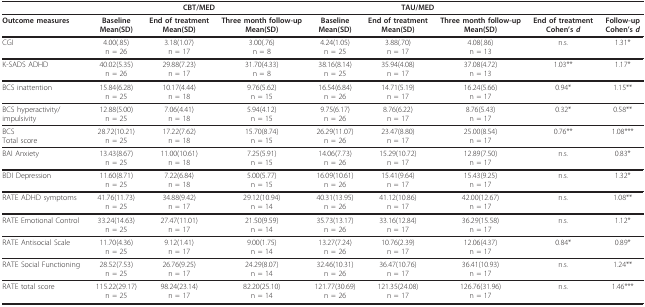
<table><thead><tr><td></td><td colspan="3"><b>CBT/MED</b></td><td colspan="3"><b>TAU/MED</b></td><td></td><td></td></tr></thead><tbody><tr><td><b>Outcome measures</b></td><td><b>Baseline</b><b>Mean(SD)</b></td><td><b>End of treatment</b><b>Mean(SD)</b></td><td><b>Three month follow-up</b><b>Mean(SD)</b></td><td><b>Baseline</b><b>Mean(SD)</b></td><td><b>End of treatment</b><b>Mean(SD)</b></td><td><b>Three month follow-up</b><b>Mean(SD)</b></td><td><b>End of treatment</b><b>Cohen&#x27;s <i>d</i></b></td><td><b>Follow-up</b><b>Cohen&#x27;s <i>d</i></b></td></tr><tr><td>CGI</td><td>4.00(.85)n = 26</td><td>3.18(1.07)n = 17</td><td>3.00(.76)n = 8</td><td>4.24(1.05)n = 25</td><td>3.88(.70)n = 17</td><td>4.08(.86)n = 13</td><td>n.s.</td><td>1.31*</td></tr><tr><td>K-SADS ADHD</td><td>40.02(5.35)n = 26</td><td>29.88(7.23)n = 17</td><td>31.70(4.33)n = 8</td><td>38.16(8.14)n = 25</td><td>35.94(4.08)n = 17</td><td>37.08(4.72)n = 13</td><td>1.03**</td><td>1.17*</td></tr><tr><td>BCS inattention</td><td>15.84(6.28)n = 25</td><td>10.17(4.44)n = 18</td><td>9.76(5.62)n = 15</td><td>16.54(6.84)n = 26</td><td>14.71(5.19)n = 17</td><td>16.24(5.66)n = 17</td><td>0.94*</td><td>1.15**</td></tr><tr><td>BCS hyperactivity/impulsivity</td><td>12.88(5.00)n = 25</td><td>7.06(4.41)n = 18</td><td>5.94(4.12)n = 15</td><td>9.75(6.17)n = 26</td><td>8.76(6.22)n = 17</td><td>8.76(5.43)n = 17</td><td>0.32*</td><td>0.58**</td></tr><tr><td>BCSTotal score</td><td>28.72(10.21)n = 25</td><td>17.22(7.62)n = 18</td><td>15.70(8.74)n = 15</td><td>26.29(11.07)n = 26</td><td>23.47(8.80)n = 17</td><td>25.00(8.54)n = 17</td><td>0.76**</td><td>1.08***</td></tr><tr><td>BAI Anxiety</td><td>13.43(8.67)n = 25</td><td>11.00(10.61)n = 18</td><td>7.25(5.91)n = 15</td><td>14.06(7.73)n = 26</td><td>15.29(10.72)n = 17</td><td>12.89(7.50)n = 17</td><td>n.s.</td><td>0.83*</td></tr><tr><td>BDI Depression</td><td>11.60(8.71)n = 25</td><td>7.22(6.84)n = 18</td><td>5.00(5.77)n = 15</td><td>16.09(10.61)n = 26</td><td>15.41(9.64)n = 17</td><td>15.43(9.25)n = 17</td><td>n.s.</td><td>1.32*</td></tr><tr><td>RATE ADHD symptoms</td><td>41.76(11.73)n = 25</td><td>34.88(9.42)n = 17</td><td>29.12(10.94)n = 14</td><td>40.31(13.95)n = 26</td><td>41.12(10.86)n = 17</td><td>42.00(12.67)n = 17</td><td>n.s.</td><td>1.08**</td></tr><tr><td>RATE Emotional Control</td><td>33.24(14.63)n = 25</td><td>27.47(11.01)n = 17</td><td>21.50(9.59)n = 14</td><td>35.73(13.17)n = 26</td><td>33.16(12.84)n = 17</td><td>36.29(15.58)n = 17</td><td>n.s.</td><td>1.12*</td></tr><tr><td>RATE Antisocial Scale</td><td>11.70(4.36)n = 25</td><td>9.12(1.41)n = 17</td><td>9.00(1.75)n = 14</td><td>13.27(7.24)n = 26</td><td>10.76(2.39)n = 17</td><td>12.06(4.37)n = 17</td><td>0.84*</td><td>0.89*</td></tr><tr><td>RATE Social Functioning</td><td>28.52(7.53)n = 25</td><td>26.76(9.25)n = 17</td><td>24.29(8.07)n = 14</td><td>32.46(10.31)n = 26</td><td>36.47(10.76)n = 17</td><td>36.41(10.93)n = 17</td><td>n.s.</td><td>1.24**</td></tr><tr><td>RATE total score</td><td>115.22(29.17)n = 25</td><td>98.24(23.14)n = 17</td><td>82.20(25.10)n = 14</td><td>121.77(30.69)n = 26</td><td>121.35(24.08)n = 17</td><td>126.76(31.96)n = 17</td><td>n.s.</td><td>1.46***</td></tr></tbody></table>